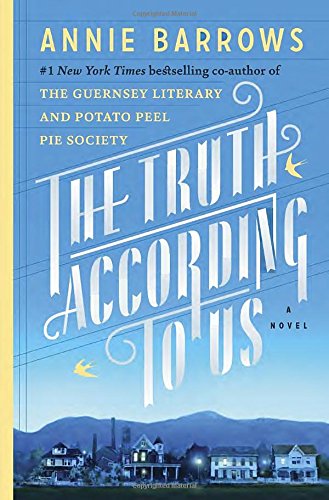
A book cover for The Truth According to Us: A Novel; Annie Barrows; Literature & Fiction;